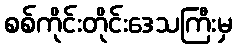
စစ်ကိုင်းတိုင်းဒေသကြီးမှ